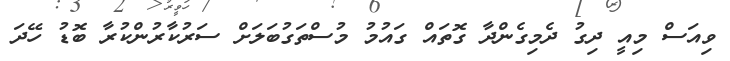
ވިއަސް މިއީ ދިގު ދެމިގެންދާ ގޮތައް ގައުމު މުސްތަގުބަލަށް ސަރުކާރުންކުރާ ބޮޑު ހޭދަ